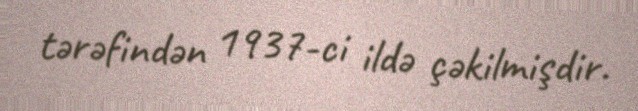
tərəfindən 1937-ci ildə çəkilmişdir.